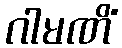
ဂါမဏိံ